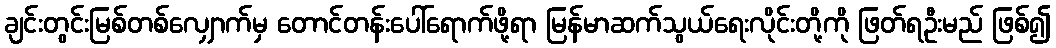
ချင်းတွင်းမြစ်တစ်လျှောက်မှ တောင်တန်းပေါ်ရောက်ဖို့ရာ မြန်မာဆက်သွယ်ရေးလိုင်းတို့ကို ဖြတ်ရဦးမည် ဖြစ်၍